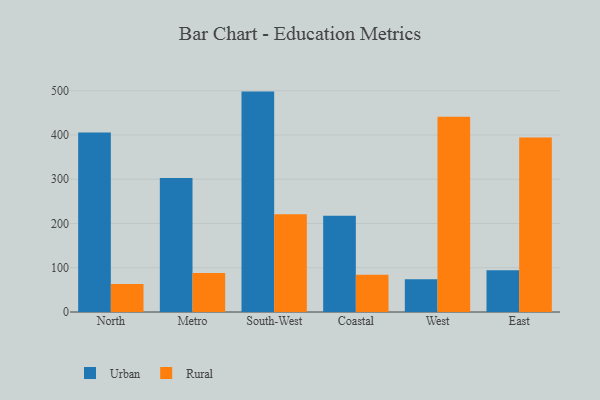
{"axis": {"x": "Region", "y": "Humidity (%)"}, "legend": ["Rural", "Urban"], "data": [{"x": "North", "y": 405.7, "type": "Urban"}, {"x": "North", "y": 63.3, "type": "Rural"}, {"x": "Metro", "y": 302.7, "type": "Urban"}, {"x": "Metro", "y": 88.1, "type": "Rural"}, {"x": "South-West", "y": 498.0, "type": "Urban"}, {"x": "South-West", "y": 220.6, "type": "Rural"}, {"x": "Coastal", "y": 217.5, "type": "Urban"}, {"x": "Coastal", "y": 84.4, "type": "Rural"}, {"x": "West", "y": 74.1, "type": "Urban"}, {"x": "West", "y": 441.1, "type": "Rural"}, {"x": "East", "y": 94.3, "type": "Urban"}, {"x": "East", "y": 394.4, "type": "Rural"}]}